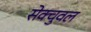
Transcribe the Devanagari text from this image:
सेक्चुवल